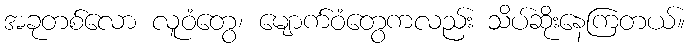
အခုတစ်လော လူဝံတွေ၊ မျောက်ဝံတွေကလည်း သိပ်ဆိုးနေကြတယ်။